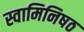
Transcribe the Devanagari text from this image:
स्वामिनिषठ